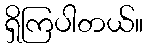
ရှိကြပါတယ်။